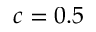
c = 0 . 5